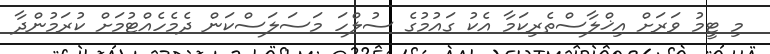
މި ޓީމު ވަރަށް އިޚްލާސްތެރިކަމާ އެކު ގައުމުގެ ސުލްހަ މަސަލަސްކަން ދެމެހެއްޓުމަށް ކުރަމުންދާ